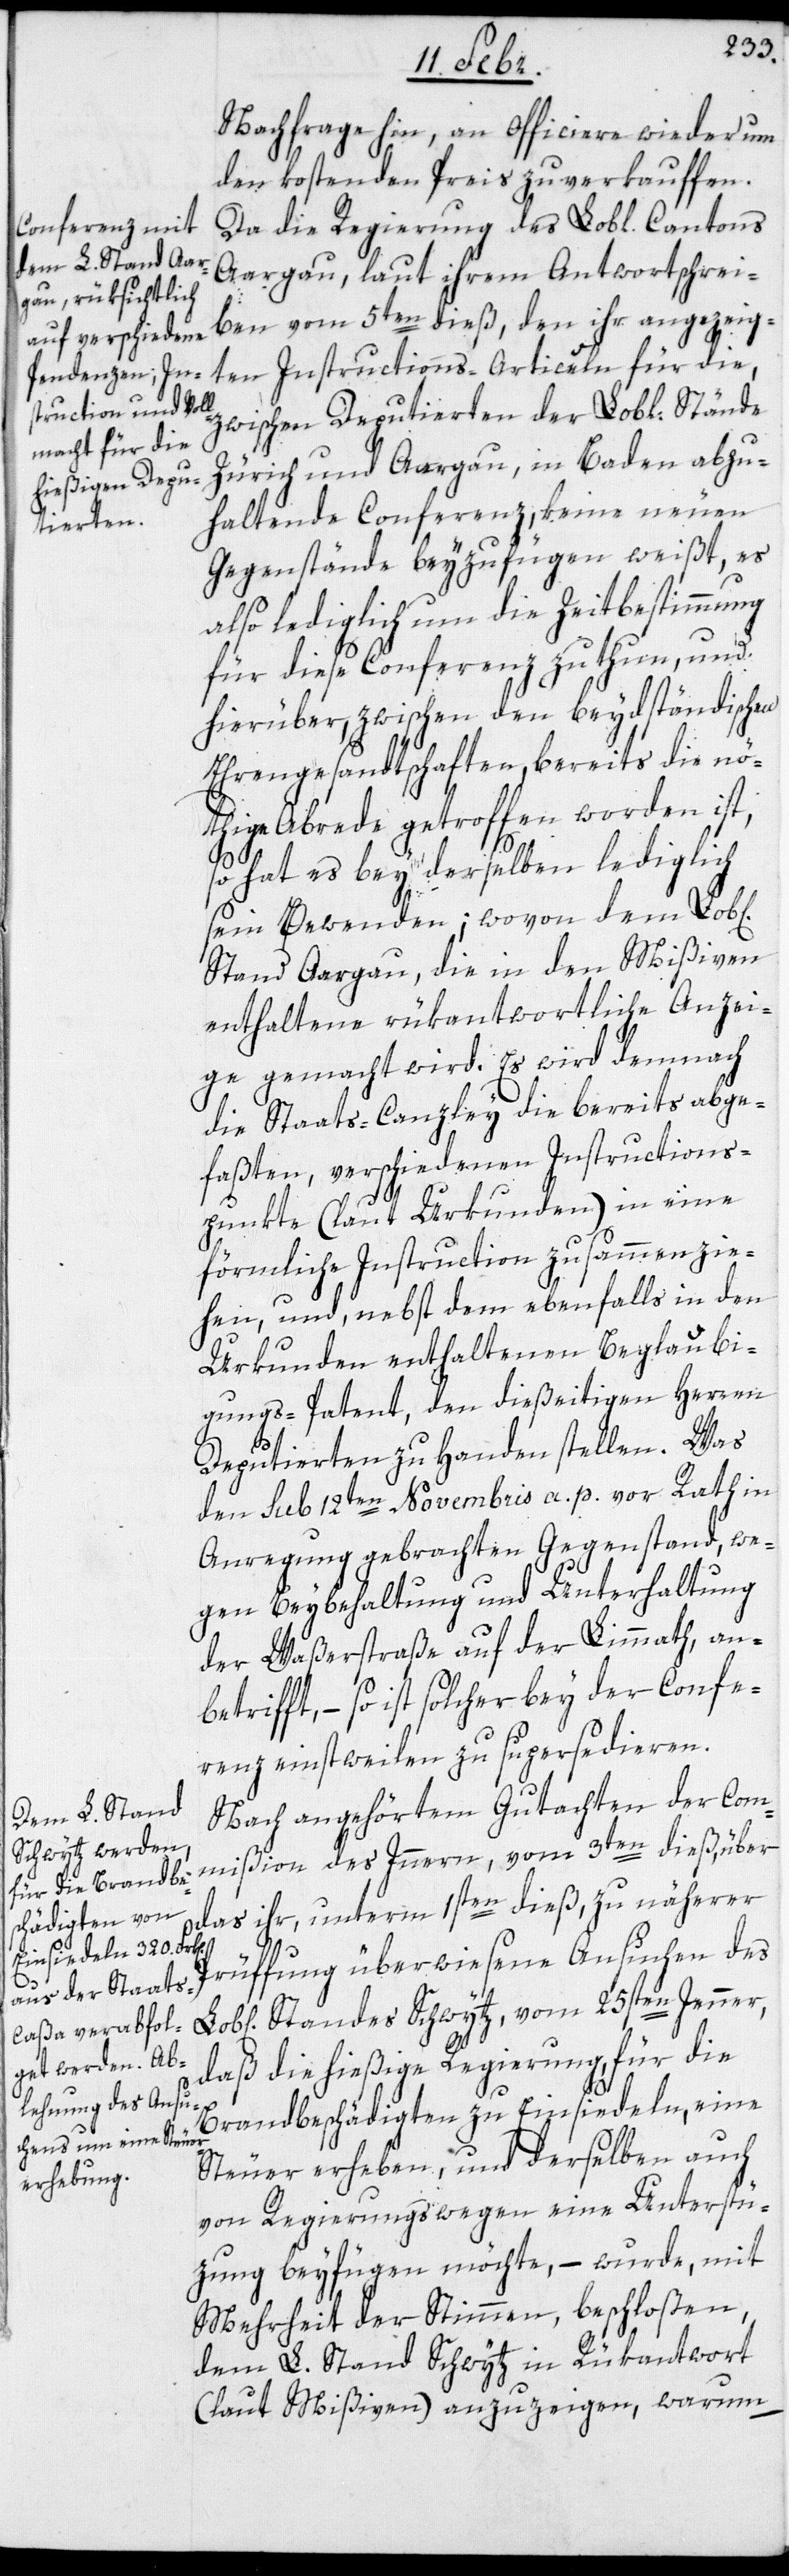
Nachfrage hin, an Officiere wiederum
den kostenden Preis zu verkauffen.
Da die Regierung des Lobl. Cantons
Aargau, laut ihrem Antwortschrei¬
ben vom 5ten dieß, den ihr angezeig¬
ten Instructions-Articeln für die,
zwischen Deputierten der Lobl. Stände
Zürich und Aargau, in Baden abzu¬
haltende Conferenz, keine neuen
Gegenstände beyzufügen weißt, es
also lediglich um die Zeitbestimmung
für diese Conferenz zu thun, und
hierüber, zwischen den beydständischen
Ehrengesandtschaften, bereits die nö¬
thige Abrede getroffen worden ist,
so hat es bey derselben lediglich
sein Bewenden; wovon dem Lob[li¬
Stand Aargau, die in den Mißiven
enthaltene rükantwortliche Anzei¬
ge gemacht wird. Es wird demnach
die Staats-Canzley die bereits abge¬
faßten, verschiedenen Instructions¬
punkte (laut Urkunden) in eine
förmliche Instruction zusammenzie¬
hen, und, nebst dem ebenfalls in den
Urkunden enthaltenen Beglaubi¬
gungs-Patent, den dießeitigen Herren
Deputierten zu Handen stellen. Was
den sub 12ten Novembris a. p. vor Rath in
Anregung gebrachten Gegenstand, we¬
gen Beybehaltung und Unterhaltung
der Waßerstraße auf der Limmath, an¬
betrifft, – so ist solcher bey der Confe¬
renz einstweilen zu supersedieren.
Nach angehörtem Gutachten der Com¬
mißion des Inneren, vom 3ten dieß, über
das ihr, unterm 1sten dieß, zu näherer
Prüffung überwiesene Ansuchen des
chen]
Standes Schwytz, vom 25sten Jenner,
daß die hießige Regierung, für die
Brandbeschädigten zu Einsiedeln, eine
Steuer erheben, und derselben auch
von Regierungswegen eine Unterstü¬
zung beyfügen möchte, – wurde, mit
Mehrheit der Stimmen beschloßen,
dem L. Stand Schwytz in Rükantwort
(laut Mißiven) anzuzeigen, warum